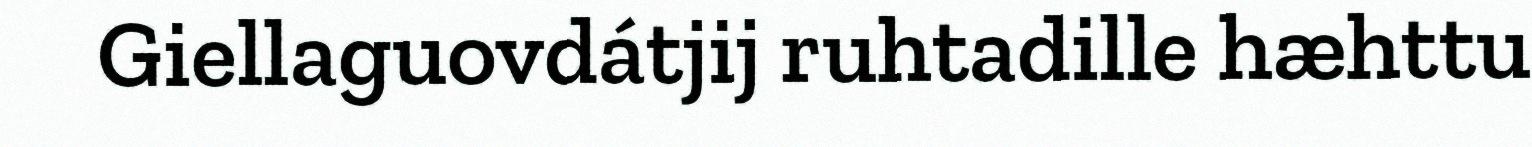
Giellaguovdátjij ruhtadille hæhttu